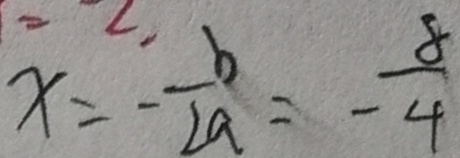
x = - \frac { b } { 2 a } = - \frac { 8 } { 4 }